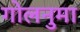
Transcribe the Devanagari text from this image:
गोलनुमा